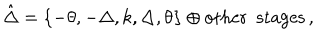
LaTeX: \hat { \Delta } = \left\{ - \theta , - \Delta , k , \Delta , \theta \right\} \oplus \mathrm { o t h e r ~ s t a g e s } \, ,